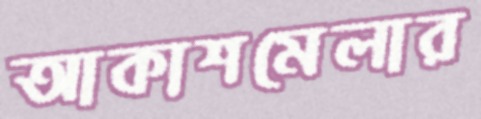
আকাশমেলার